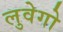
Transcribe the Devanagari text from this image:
लुवेगो